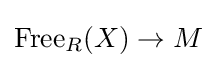
\operatorname {Free} _{R}(X)\to M